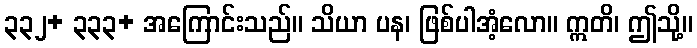
၃၃၂+ ၃၃၃+ အကြောင်းသည်။ သိယာ ပန၊ ဖြစ်ပါအံ့လော။ ဣတိ၊ ဤသို့။